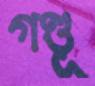
গণ্ডূ